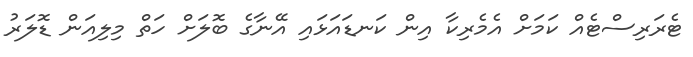
ޓެރަރިސްޓެއް ކަމަށް އެމެރިކާ އިން ކަނޑައަޅައި އޭނާގެ ބޮލަށް ހަތް މިލިއަން ޑޮލަރު